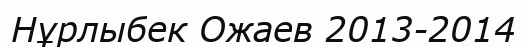
Нұрлыбек Ожаев 2013-2014